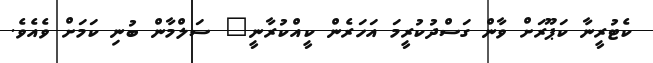
ކެޓުރީނާ ކަޕޫރަށް ވާން ގަސްދުކުރީމަ އަހަރެން ކީއްކުރާނީ" ސަލްމާން ބުނި ކަމަށް ވެއެވެ.